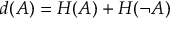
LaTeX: d ( A ) = H ( A ) + H ( \neg { A } )